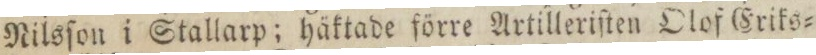
Nilsſon i Stallarp; häktade förre Artilleriſten Olof Eriks=